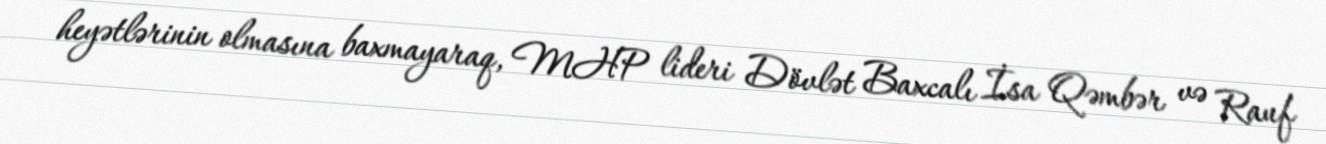
heyətlərinin olmasına baxmayaraq, MHP lideri Dövlət Baxcalı İsa Qəmbər və Rauf